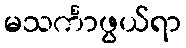
မသင်္ကာဖွယ်ရာ